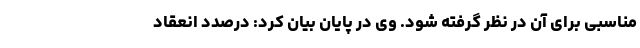
مناسبی برای آن در نظر گرفته شود. وی در پایان بیان کرد: درصدد انعقاد